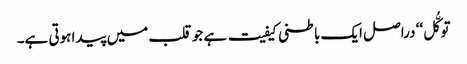
توکُّل‘‘ دراصل ایک باطنی کیفیت ہے جو قلب میں پیدا ہوتی ہے۔